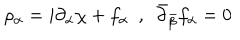
\rho _ { \alpha } = i \partial _ { \alpha } \chi + f _ { \alpha } \ \ , \ \ \bar { \partial } _ { \bar { \beta } } f _ { \alpha } = 0